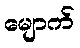
မျောက်